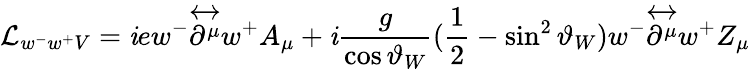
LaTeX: {\cal{L}}_{w^{-}w^{+}V}=\mathit{i}ew^{-}{\overleftrightarrow{{\partial^{\mu}}}}w^{+}A_{\mu}+\mathit{i}\frac{{g}}{{\cos\vartheta_{W}}}(\frac{{1}}{{2}}-\sin^{2}\vartheta_{W})w^{-}{\overleftrightarrow{{\partial^{\mu}}}}w^{+}Z_{\mu}